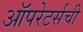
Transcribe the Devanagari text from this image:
ऑपरेटर्सची